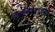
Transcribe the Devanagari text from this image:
उच्चारांच्या